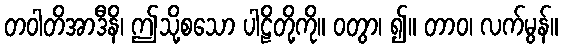
တဝါတိအာဒီနိ၊ ဤသို့စသော ပါဠိတို့ကို။ ဝတွာ၊ ၍။ တာဝ၊ လက်မွန်။